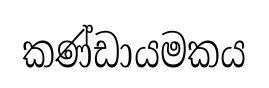
කණ්ඩායමකය